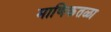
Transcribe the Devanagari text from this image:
माणिकतळा